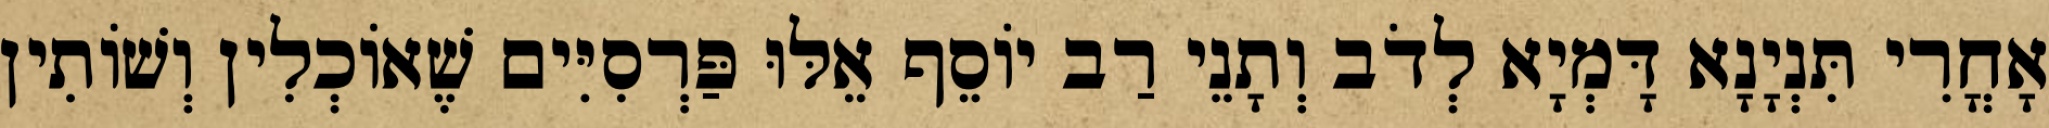
אָחֳרִי תִּנְיָנָא דָּמְיָא לְדֹב וְתָנֵי רַב יוֹסֵף אֵלּוּ פַּרְסִיִּים שֶׁאוֹכְלִין וְשׁוֹתִין